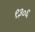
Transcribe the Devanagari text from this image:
९३०६